Problem: 6 × 9 = ?
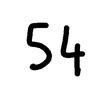
Handwritten answer: 54